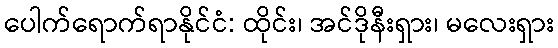
ပေါက်ရောက်ရာနိုင်ငံ: ထိုင်း၊ အင်ဒိုနီးရှား၊ မလေးရှား